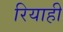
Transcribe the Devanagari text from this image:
रियाही